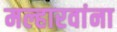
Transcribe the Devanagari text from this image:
मल्हारवांना